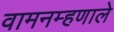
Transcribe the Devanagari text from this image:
वामनम्हणाले